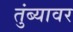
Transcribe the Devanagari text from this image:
तुंब्यावर